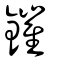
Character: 鏙